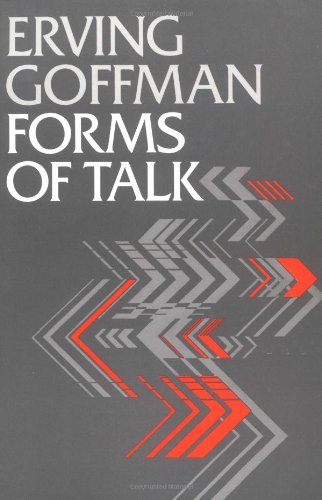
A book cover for Forms of Talk (Conduct and Communication); Erving Goffman; Politics & Social Sciences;